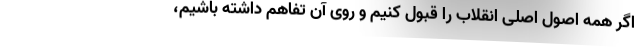
اگر همه اصول اصلی انقلاب را قبول کنیم و روی آن تفاهم داشته باشیم،